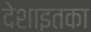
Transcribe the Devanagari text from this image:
देशाइतका